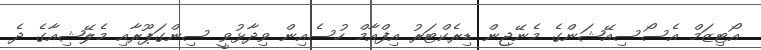
އޯޓިޒަމް އެސޯސިއޭޝަންގެ މެނޭޖިން ޑިރެކްޓަރު އިފްއާމް ހުސެއިން ވިދާޅުވީ ސިންގަޕޫރާއި މެލޭޝިއާގެ ދެ